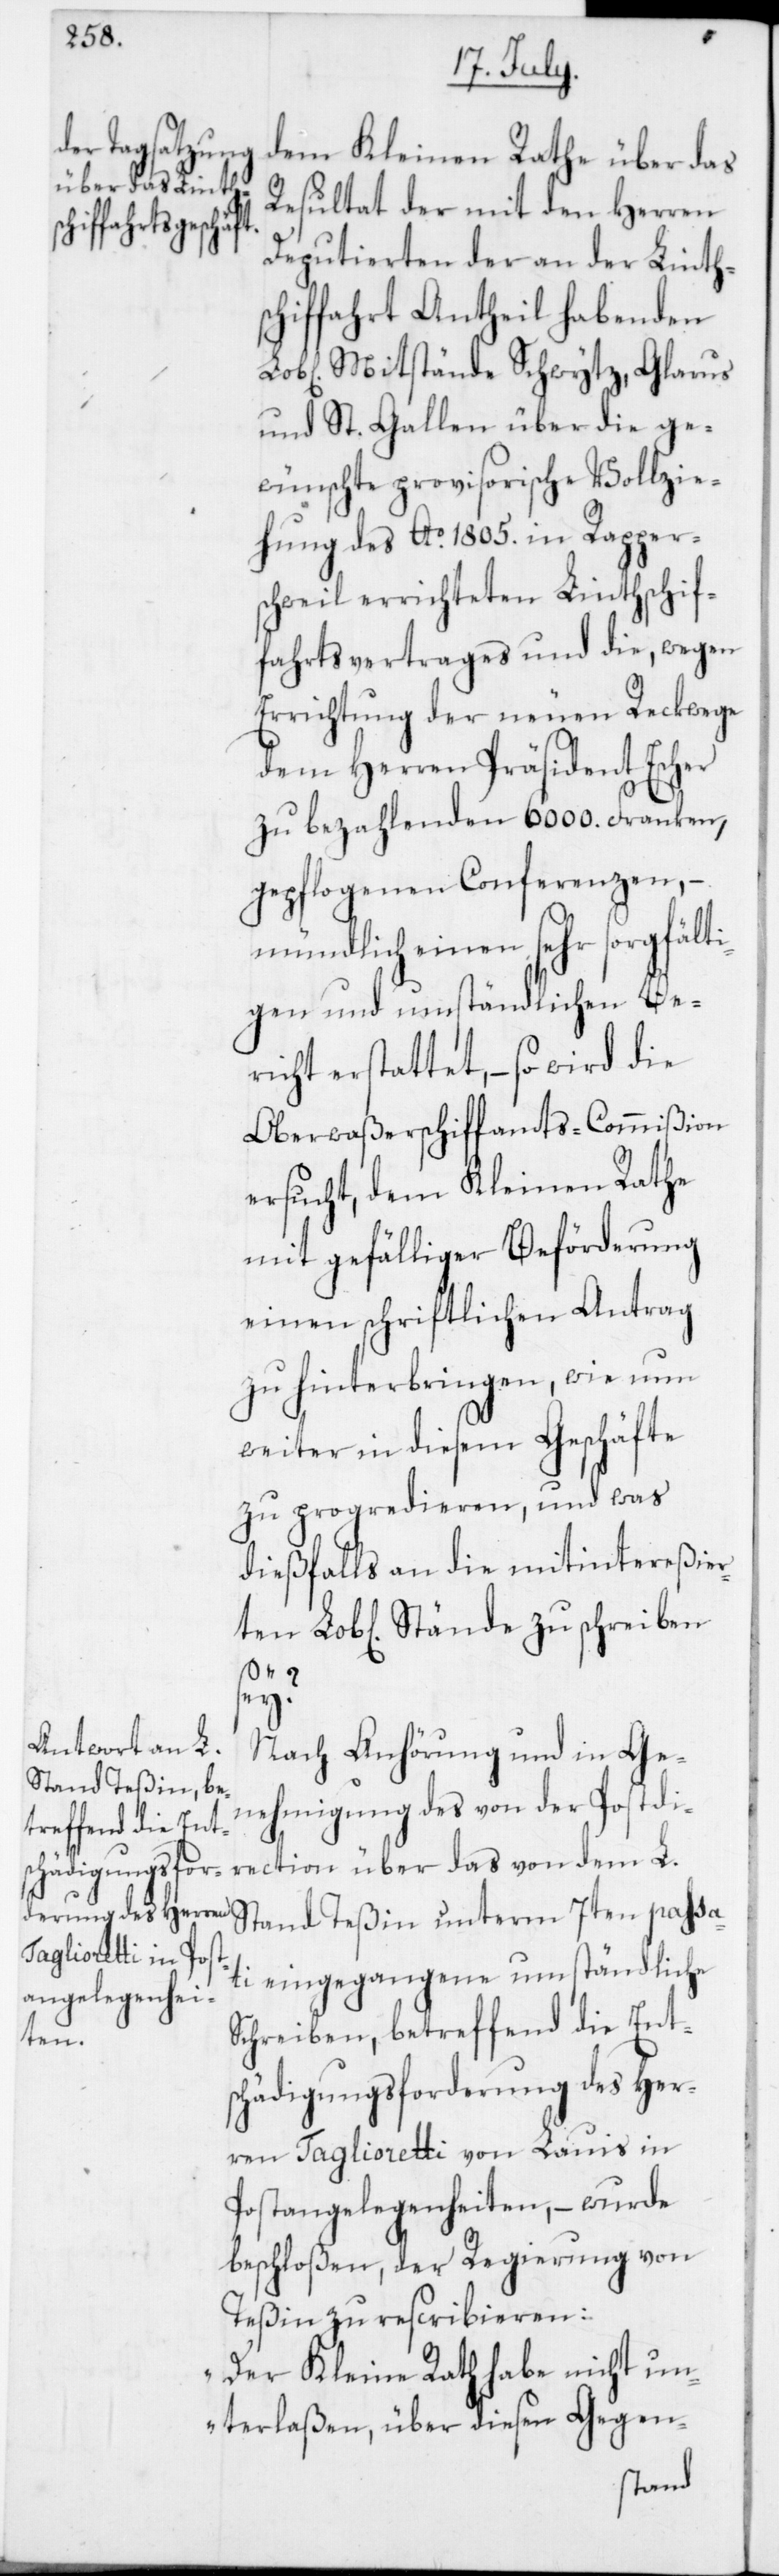
ten

dem Kleinen Rathe über das
Resultat der mit den Herren
Deputierten der an der Linths¬
chiffahrt Antheil habenden
Mitstände Schwytz, Glarus
und St. Gallen über die ge¬
wünschte provisorische Vollzie¬
hung des Ao 1805. in Rappers¬
chweil errichteten Linthschif¬
fahrts-Vertrages und die, wegen
Errichtung der neuen Reckwege
dem Herren Präsident Escher
zu bezahlenden 6000. Franken,
gepflogenen Conferenzen, –
mündlich einen sehr sorgfälti¬
gen und umständlichen Be¬
richt erstattet, – so wird die
Oberwaßerschiffamts-Commißion
ersucht, dem Kleinen Rathe
mit gefälliger Beförderung
einen schriftlichen Antrag
zu hinterbringen, wie nun
weiter in diesem Geschäfte
zu progredieren, und was
dießfalls an die mitintereßier¬
sey?
Nach Anhörung und in Ge¬
nehmigung des von der Postdi¬
rection über das von dem L.
Stand Teßin unterm 7ten passa¬
ti eingegangene umständliche
Schreiben, betreffend die Ents¬
chädigungsforderung des Her¬
ren Taglioretti von Lauis in
Postangelegenheiten, – wurde
beschloßen, der Regierung von
Teßin zu rescribieren:
„Der Kleine Rath habe nicht un¬
terlaßen, über diesen Gegen-
Stände